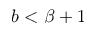
b < \beta + 1